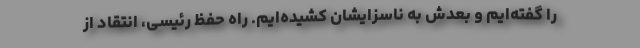
را گفته‌ایم و بعدش به ناسزایشان کشیده‌ایم. راه حفظ رئیسی، انتقاد از